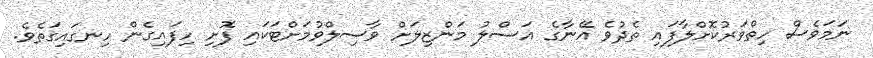
ނަމަވެސް ހިތްވަރުކޮށްލާފައި ތެދުވެ އޭނާގެ އަސްލު މަންޒިލަށް ވާސިލްވުމަށްޓަކައި ފޮށި ހިފައިގެން ހިނގައިގަތެވެ.